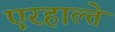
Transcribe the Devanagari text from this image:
एरहाल्ते